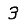
Digit: 3